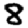
Digit: 8